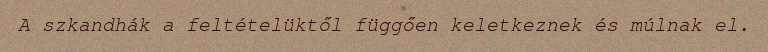
A szkandhák a feltételüktől függően keletkeznek és múlnak el.